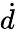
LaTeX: \dot{d}